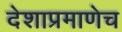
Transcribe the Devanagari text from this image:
देशाप्रमाणेच